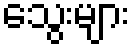
သွေးများ